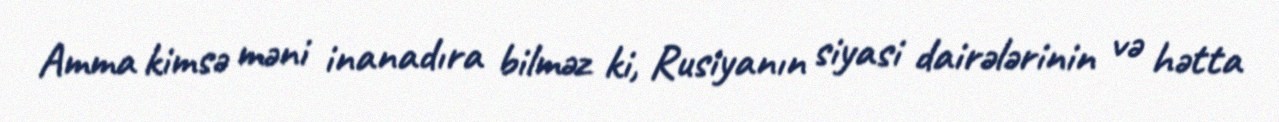
Amma kimsə məni inanadıra bilməz ki, Rusiyanın siyasi dairələrinin və hətta